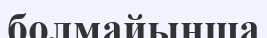
болмайынша